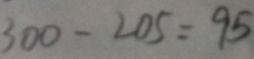
3 0 0 - 2 0 5 = 9 5